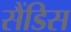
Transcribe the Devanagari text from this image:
सैंडिस